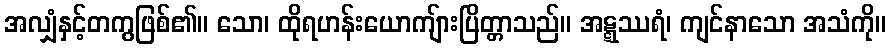
အလျှံနှင့်တကွဖြစ်၏။ သော၊ ထိုရဟန်းယောကျ်ားပြိတ္တာသည်။ အဋ္ဋဿရံ၊ ကျင်နာသော အသံကို။